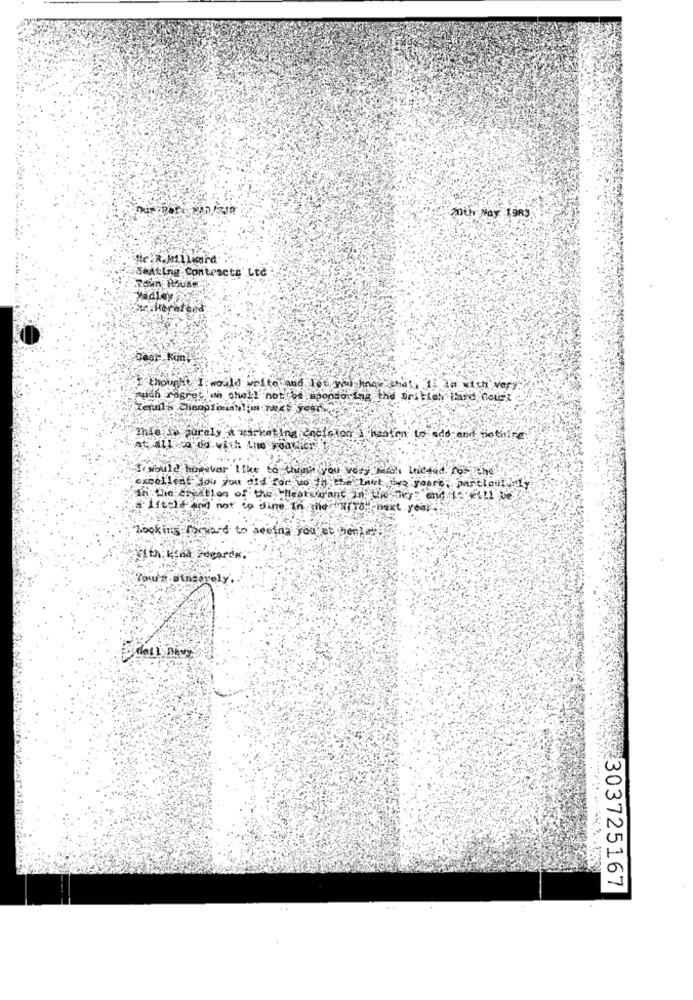
Zur Nay -19R3
Seating Contracts' Lte
Madley
I thought I would welto and let you know the\, 1i ia with very
with rogret'in shall not be sponsor ing the British Hard court
Ihle is surely & marketing encieton i halen to add- enf bethine
excellent you you did for wo bithe Last joys yours parcionly
in the asgation of the Heatdurant hn Lich ? and 11
a little con not to dime In the TO next year
looking forward to seeing you at new! !
You'n.Binsanely.
w
1
1
303725167